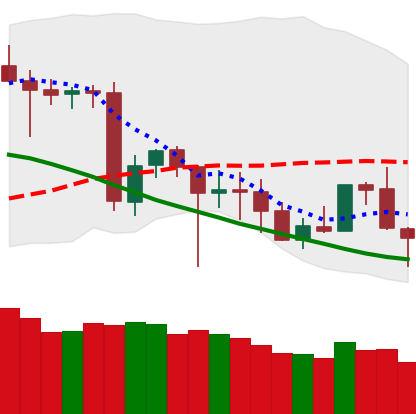
Ticker: BNB-USD
Chart end date: 2020-06-25
Forward return: -3.197%
Label: down_3_5